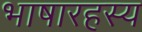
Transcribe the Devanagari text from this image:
भाषारहस्य